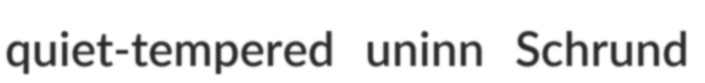
quiet-tempered uninn Schrund